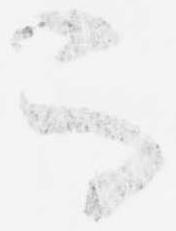
而